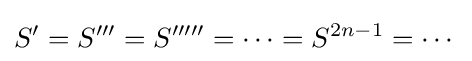
S^{\prime }=S^{\prime \prime \prime }=S^{\prime \prime \prime \prime \prime }=\cdots =S^{2n-1}=\cdots